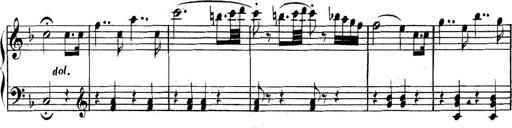
Title: Collected Piano Sonatas
Composer: Muzio Clementi